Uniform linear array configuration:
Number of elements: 48
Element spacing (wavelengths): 0.75
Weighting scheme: blackman
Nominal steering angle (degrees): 15
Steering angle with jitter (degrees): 16.525
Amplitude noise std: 0.05
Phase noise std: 0.05

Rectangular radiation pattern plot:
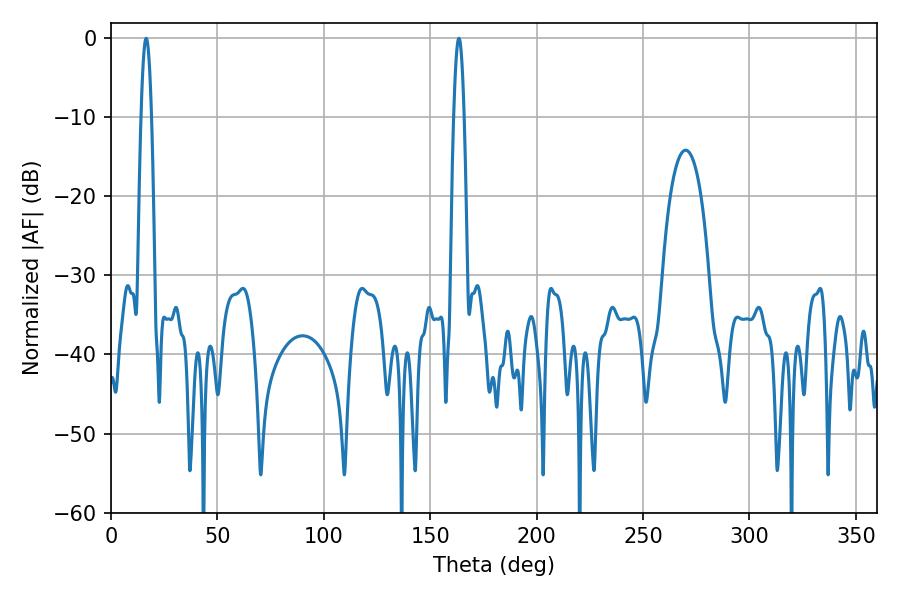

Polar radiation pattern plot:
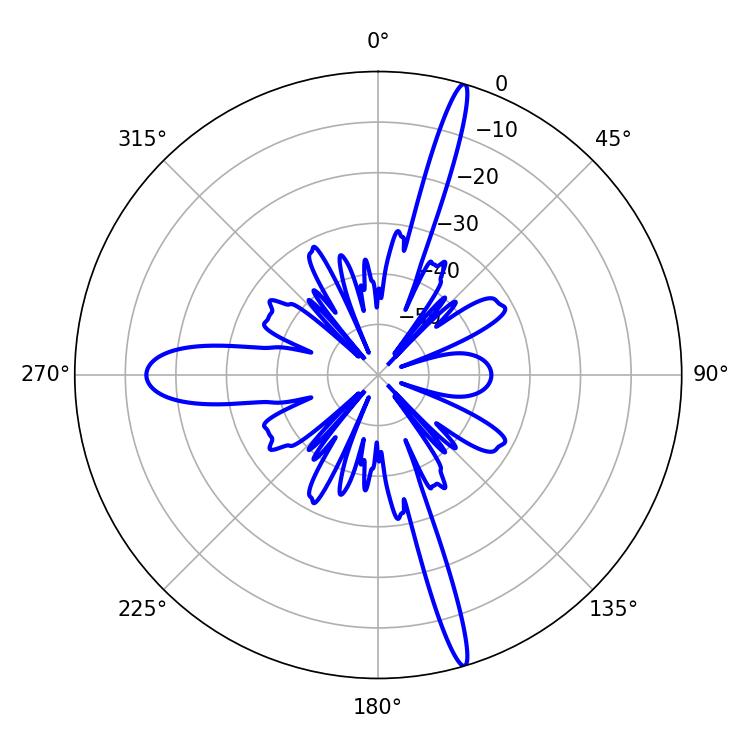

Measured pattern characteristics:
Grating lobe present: TRUE
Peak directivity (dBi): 19.59
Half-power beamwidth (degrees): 2.52
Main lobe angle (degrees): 16.56